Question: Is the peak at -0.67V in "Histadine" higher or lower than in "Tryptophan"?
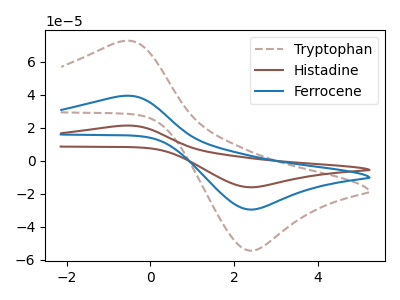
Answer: <think>The brown dashed curve "Tryptophan" has an anodic peak at (-0.65V, 72.50uA) and a cathodic peak at (2.40V, -54.40uA). The brown curve "Histadine" has an anodic peak at (-0.65V, 78.60uA) and a cathodic peak at (2.40V, -59.00uA). The blue curve "Ferrocene" has an anodic peak at (-0.65V, 39.30uA) and a cathodic peak at (2.40V, -29.50uA).</think>
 <answer>The peak at -0.67V is higher in "Histadine" than in "Tryptophan".</answer>
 <eval>higher</eval>